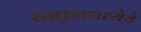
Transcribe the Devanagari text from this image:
संस्कृतमध्येये